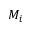
M _ { i }